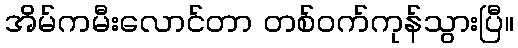
အိမ်ကမီးလောင်တာ တစ်ဝက်ကုန်သွားပြီ။